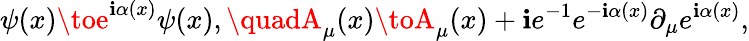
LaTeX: \psi(x)\toe^{\mathbf{i}\alpha(x)}\psi(x),\quadA_{\mu}(x)\toA_{\mu}(x)+\mathbf{i}e^{-1}e^{-\mathbf{i}\alpha(x)}\partial_{\mu}e^{\mathbf{i}\alpha(x)},